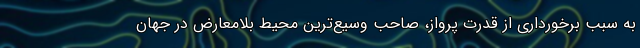
به سبب برخورداری از قدرت پرواز، صاحب وسیع‌ترین محیط بلامعارض در جهان